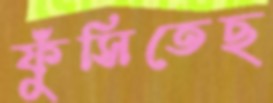
ফুঁসিতেছ